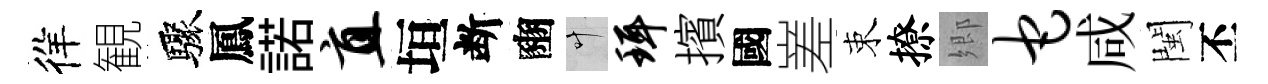
徉観驟鳳諾直垣断豳叶珥擯國嵳束撩郷它咸閩丕